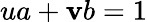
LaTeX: ua+\mathbf{v}b=1